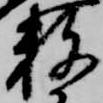
数